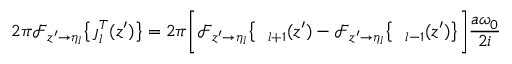
2 \pi \mathcal { F } _ { z ^ { \prime } \rightarrow \eta _ { l } } \big \{ \boldsymbol { \jmath } _ { l } ^ { T } ( z ^ { \prime } ) \big \} = 2 \pi \bigg [ \mathcal { F } _ { z ^ { \prime } \rightarrow \eta _ { l } } \big \{ \textit { \xi } _ { l + 1 } ( z ^ { \prime } ) - \mathcal { F } _ { z ^ { \prime } \rightarrow \eta _ { l } } \big \{ \textit { \xi } _ { l - 1 } ( z ^ { \prime } ) \big \} \bigg ] \frac { a \omega _ { 0 } } { 2 i }